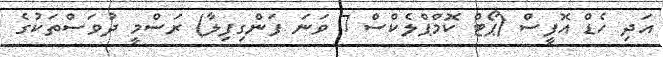
އަދި ހެޑް އޮފީސް (ޕޯޓް ކޮމްޕްލެކްސް 7 ވަނަ ފަންގިފިލާ) ރަސްމީ ދުވަސްތަކުގެ